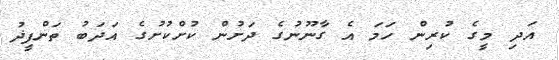
އަދި މީގެ ކުރިން ހަމަ އެ ގާނޫނުގެ ދަށުން ކުށްކުށުގެ އަދަބު ތަންފީޛު